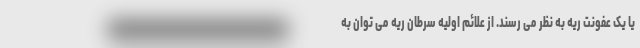
یا یک عفونت ریه به نظر می رسند. از علائم اولیه سرطان ریه می توان به